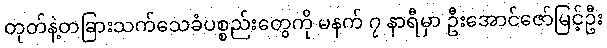
တုတ်နဲ့တခြားသက်သေခံပစ္စည်းတွေကို မနက် ၇ နာရီမှာ ဦးအောင်ဇော်မြင့်ဦး